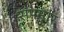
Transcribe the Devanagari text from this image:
संपमार